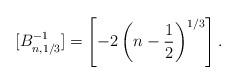
LaTeX: \begin{gather*}[B^{-1}_{n, 1/3}] = \left[-2\left(n-\frac{1}{2}\right)^{1/3}\right].\end{gather*}